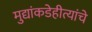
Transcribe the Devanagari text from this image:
मुद्यांकडेहीत्यांचे